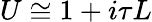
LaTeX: U\cong 1+i\tau L